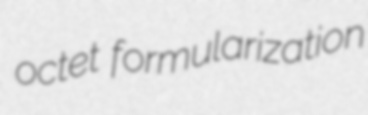
octet formularization